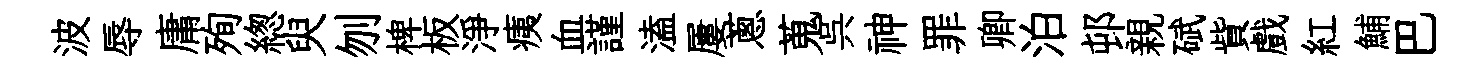
波辱庸殉緫臾刎椑板淨痍血謹溘屢蔥蒐呉神罪卿泊邨親碔貲戲紅鯆巴